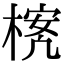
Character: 𪳃